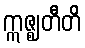
ဣဇ္ဈတီတိ